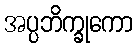
အပ္ပဘိက္ခုကော